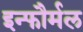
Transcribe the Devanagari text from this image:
इन्फौर्मल